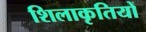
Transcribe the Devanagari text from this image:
शिलाकृतियों